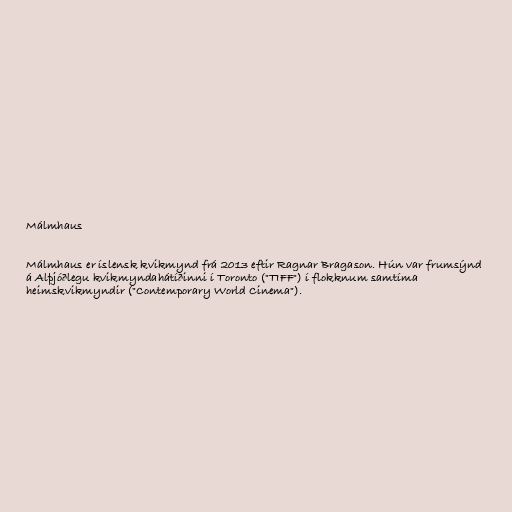
Málmhaus

Málmhaus er íslensk kvikmynd frá 2013 eftir Ragnar Bragason. Hún var frumsýnd
á Alþjóðlegu kvikmyndahátíðinni í Toronto ("TIFF") í flokknum samtíma
heimskvikmyndir ("Contemporary World Cinema").